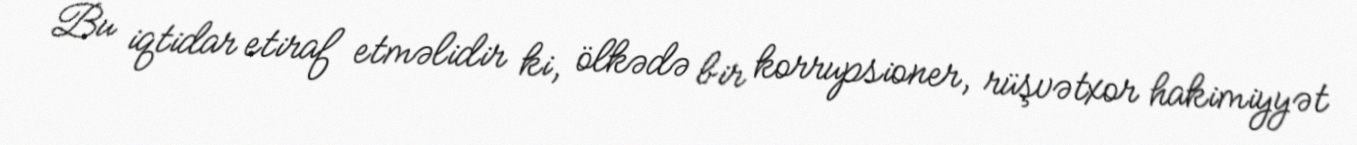
Bu iqtidar etiraf etməlidir ki, ölkədə bir korrupsioner, rüşvətxor hakimiyyət